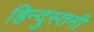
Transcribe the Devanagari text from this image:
हिन्दुस्तनी